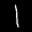
Label: 1